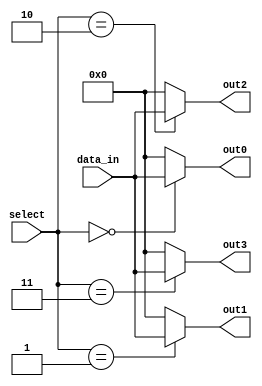
module demultiplexer (
    input [7:0] data_in,
    input [2:0] select,
    output reg [7:0] out0,
    output reg [7:0] out1,
    output reg [7:0] out2,
    output reg [7:0] out3
);

always @(*) begin
    case(select)
        3'b000: begin
            out0 = data_in;
            out1 = 8'b0;
            out2 = 8'b0;
            out3 = 8'b0;
        end
        3'b001: begin
            out0 = 8'b0;
            out1 = data_in;
            out2 = 8'b0;
            out3 = 8'b0;
        end
        3'b010: begin
            out0 = 8'b0;
            out1 = 8'b0;
            out2 = data_in;
            out3 = 8'b0;
        end
        3'b011: begin
            out0 = 8'b0;
            out1 = 8'b0;
            out2 = 8'b0;
            out3 = data_in;
        end
        default: begin
            out0 = 8'b0;
            out1 = 8'b0;
            out2 = 8'b0;
            out3 = 8'b0;
        end
    endcase
end

endmodule